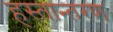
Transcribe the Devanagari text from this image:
हस्‍तान्‍तरण